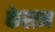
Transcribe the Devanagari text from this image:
केरान